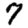
Digit: 7